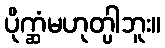
ပိုက္ဆံမဟုတ္ပါဘူး။